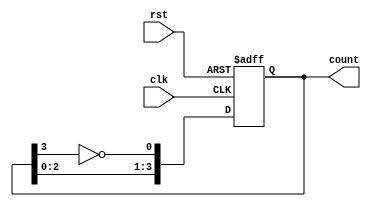
module JohnsonCounter(
    input wire clk,
    input wire rst,
    output reg [3:0] count
);

always @ (posedge clk or posedge rst) begin
    if (rst) begin
        count <= 4'h1;
    end else begin
        count <= {count[2:0], ~count[3]};
    end
end

endmodule